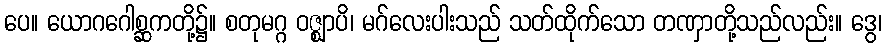
ပေ။ ယောဂဂေါစ္ဆကတို့၌။ စတုမဂ္ဂ ဝဇ္ဈာပိ၊ မဂ်လေးပါးသည် သတ်ထိုက်သော တဏှာတို့သည်လည်း။ ဒွေ၊